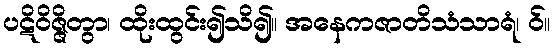
ပဋိဝိဇ္ဇိတွာ၊ ထိုးထွင်း၍သိ၍။ အနေကဇာတိသံသာရံ၊ ဝ်။